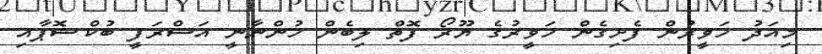
މިއަދު ހަވީރުން ފެށިގެން ހަވީރުގެ ޔޫރޯ ފޮތް ލިބެން ހުންނާނީ އަސްރަފީ ބުކްޝޮޕާއި